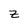
Character: z